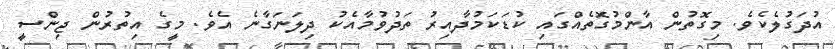
އުދަގުލެކެވެ. މިގޮތުން އާންމުގޮތެއްގައި ކުޑަކަމުދާއިރު ތަދުވުމާއެކު ދިލަނަގާނެ އެވެ. މީގެ އިތުރުން ޖިންސީ